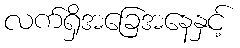
လက်ရှိအခြေအနေနှင့်